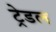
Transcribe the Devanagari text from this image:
ट्रेडल